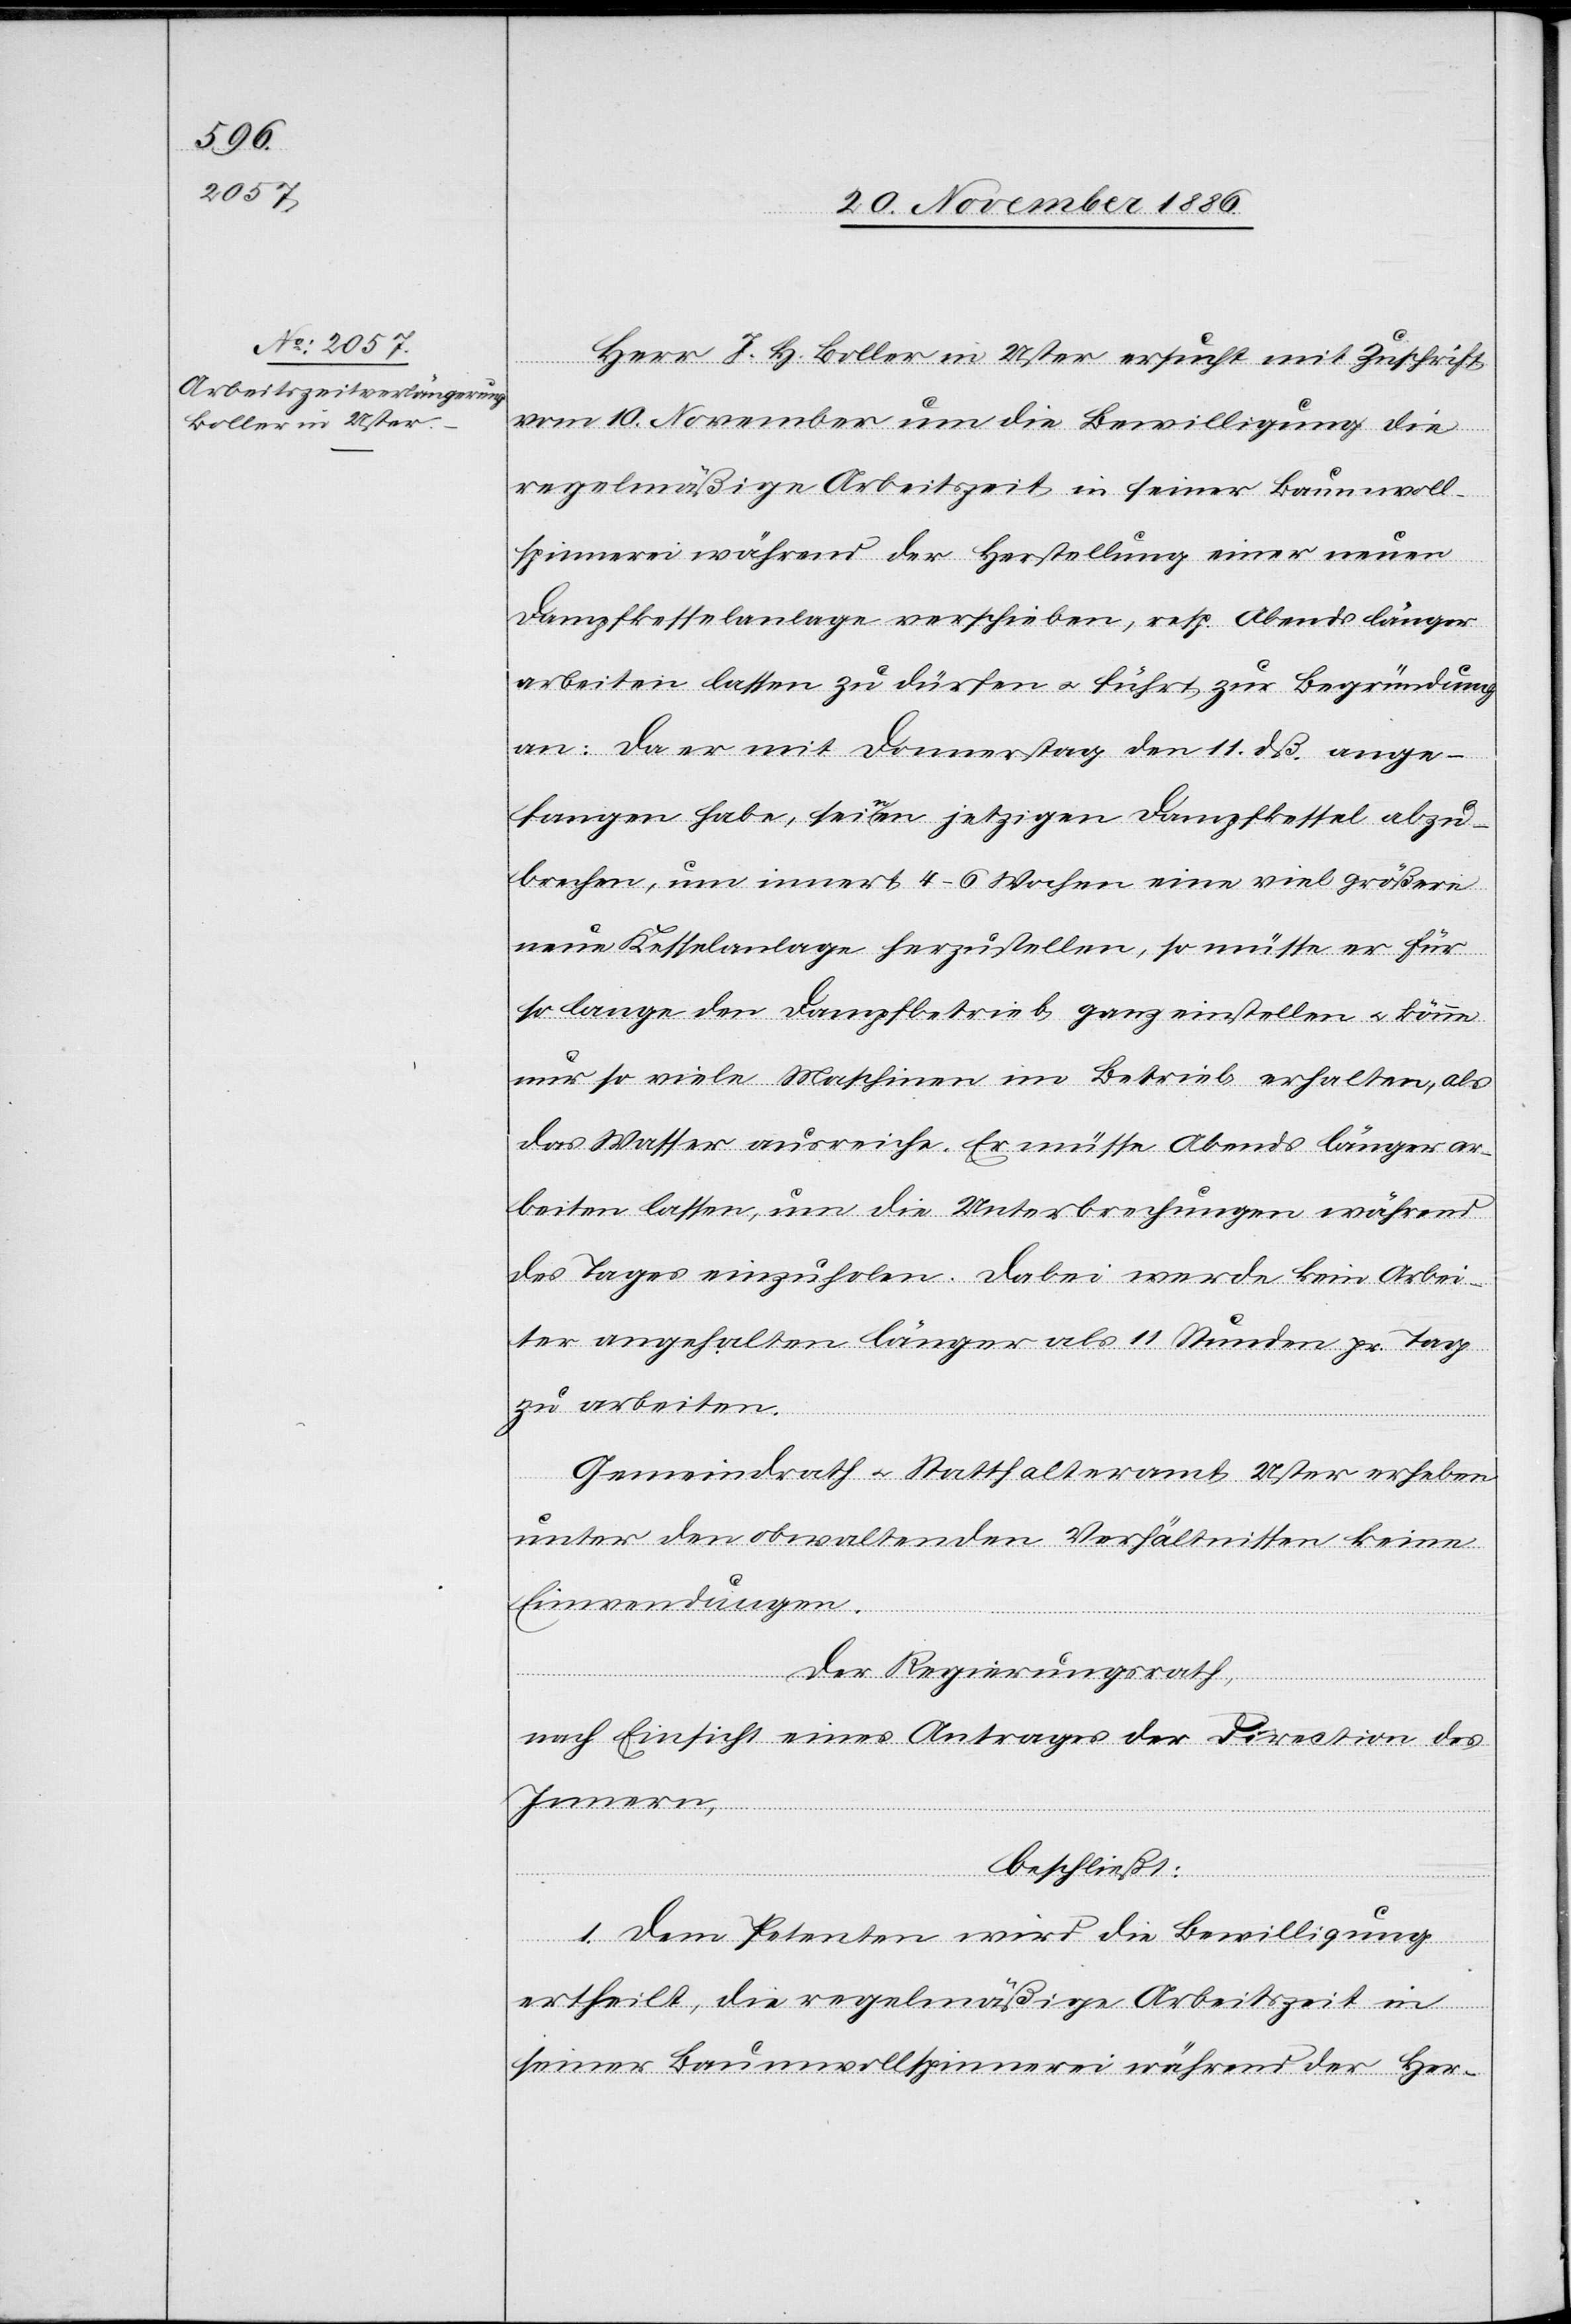
Herr J. H. Boller in Uster ersucht mit Zuschrift
vom 10. November um die Bewilligung die
regelmäßige Arbeitszeit in seiner Baumwoll¬
spinnerei während der Herstellung einer neuen
Dampfkesselanlage verschieben, resp. abends länger
arbeiten lassen zu dürfen & führt zur Begründung
an: Da er mit Donnerstag den 11. dß. ange¬
fangen habe, seinen jetzigen Dampfkessel abzu¬
brechen, um innert 4–6 Wochen eine viel größere
neue Kesselanlage herzustellen, so müsse er für
so lange den Dampfbetrieb ganz einstellen & könne
nur so viele Maschinen im Betrieb erhalten, als
das Wasser ausreiche. Er müsse Abends länger ar¬
beiten lassen, um die Unterbrechungen während
des Tages einzuholen. Dabei werde kein Arbei¬
ter angehalten länger als 11 Stunden pr. Tag
zu arbeiten.
Gemeindrath & Statthalteramt Uster erheben
unter den obwaltenden Verhältnissen keine
Einwendungen.
Der Regierungsrath,
nach Einsicht eines Antrages der Direction des
Innern,
beschließt:
1. Dem Petenten wird die Bewilligung
ertheilt, die regelmäßige Arbeitszeit in
seiner Baumwollspinnerei während der Her-